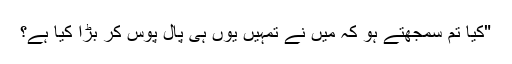
"کیا تم سمجھتے ہو کہ میں نے تمہیں یوں ہی پال پوس کر بڑا کیا ہے؟